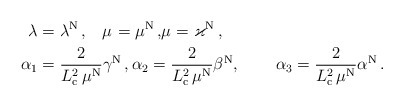
\begin{align*}\lambda_{} &=\lambda^{\rm N} \, ,\ \,\,\,\mu_{} =\mu^{\rm N}\, ,\!\mu_{} =\varkappa^{\rm N}\, ,\\\alpha_1 &=\frac{ 2}{L_{\rm c}^2 \, \mu^{\rm N}} \gamma^{\rm N}\, ,\alpha_2=\frac{ 2}{L_{\rm c}^2 \, \mu^{\rm N}} \beta^{\rm N} ,\qquad\, \alpha_3 =\frac{ 2}{L_{\rm c}^2 \, \mu^{\rm N}} \alpha^{\rm N} \, .\end{align*}